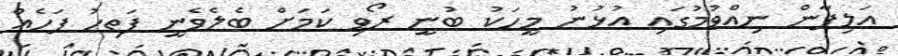
އަލިފާން ނިއްވުމުގައި އުޅުނު މީހަކު ބުނީ ރޯވި ކަމަށް ބެލެވެނީ ފަތިހު ފަހެއް